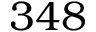
3 4 8